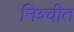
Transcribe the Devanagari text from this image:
निश्‍चीत